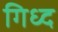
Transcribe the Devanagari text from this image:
गिध्द